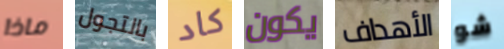
ماذا بالتجول كاد يكون الأهداف شو